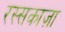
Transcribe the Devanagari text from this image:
रस्सकाज़ा